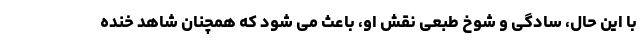
با این حال، سادگی و شوخ طبعی نقش او، باعث می شود که همچنان شاهد خنده